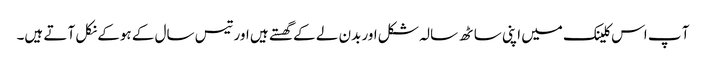
آ پ اس کلینک میں اپنی ساٹھ سالہ شکل اور بدن لے کے گھستے ہیں اور تیس سال کے ہوکے نکل آ تے ہیں۔